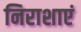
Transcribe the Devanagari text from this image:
निराशाएं